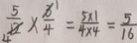
\frac { 5 } { 4 } \times \frac { x } { 4 } = \frac { 5 \times 1 } { 4 \times 4 } = \frac { 5 } { 1 6 }